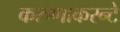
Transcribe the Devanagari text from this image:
करुणाकरन्टे